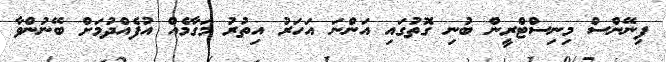
ފިނޭންސް މިނިސްޓްރީން ބުނި ގޮތުގައި އަންނަ އަހަރު އިތުރު މަގާމެއް އުފެއްދުމަށް ބޭނުންވާ